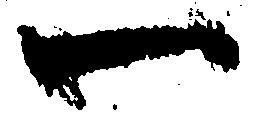
一